Problem: 2 × 3 = ?
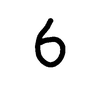
Handwritten answer: 6